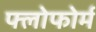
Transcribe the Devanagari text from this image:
फ्लोफोर्म